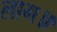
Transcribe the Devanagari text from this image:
लाग॥